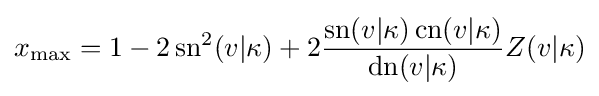
x_{\text{max}}=1-2\operatorname {sn} ^{2}(v|\kappa )+2{\dfrac {\operatorname {sn} (v|\kappa )\operatorname {cn} (v|\kappa )}{\operatorname {dn} (v|\kappa )}}Z(v|\kappa )